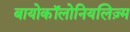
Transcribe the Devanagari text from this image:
बायोकॉलोनियलिज़्म